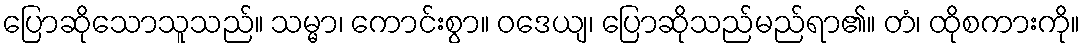
ပြောဆိုသောသူသည်။ သမ္မာ၊ ကောင်းစွာ။ ဝဒေယျ၊ ပြောဆိုသည်မည်ရာ၏။ တံ၊ ထိုစကားကို။